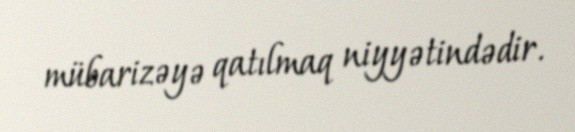
mübarizəyə qatılmaq niyyətindədir.